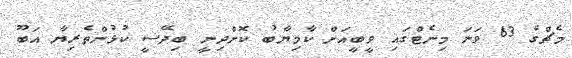
މެޗްގެ 63 ވަނަ މިނެޓްގައި ވީބީއަށް ކާމިޔާބު ކޮށްދިނީ ބިދޭސީ ކުޅުންތެރިޔާ އަބޫ